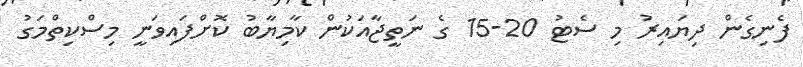
ފެނިގެން ދިޔައިރު މި ސެޓު 20-15 ގެ ނަތީޖާއަކުން ކާމިޔާބު ކޮށްފައިވަނީ މިސްކިތްމަގު